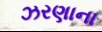
ઝરણાના